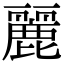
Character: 麗